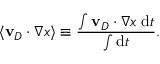
\langle \mathbf { v } _ { D } \cdot \nabla x \rangle \equiv \frac { \int \mathbf { v } _ { D } \cdot \nabla x \; \mathrm { d } t } { \int \mathrm { d } t } .